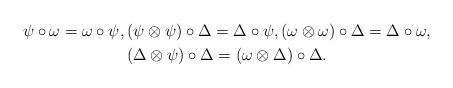
LaTeX: \begin{gather*} \psi \circ \omega =\omega \circ \psi , (\psi \otimes \psi )\circ \Delta = \Delta \circ \psi , (\omega \otimes \omega )\circ \Delta = \Delta \circ \omega , \\ (\Delta \otimes \psi )\circ \Delta = (\omega \otimes \Delta )\circ \Delta .\end{gather*}